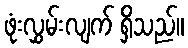
ဖုံးလွှမ်းလျက် ရှိသည်။